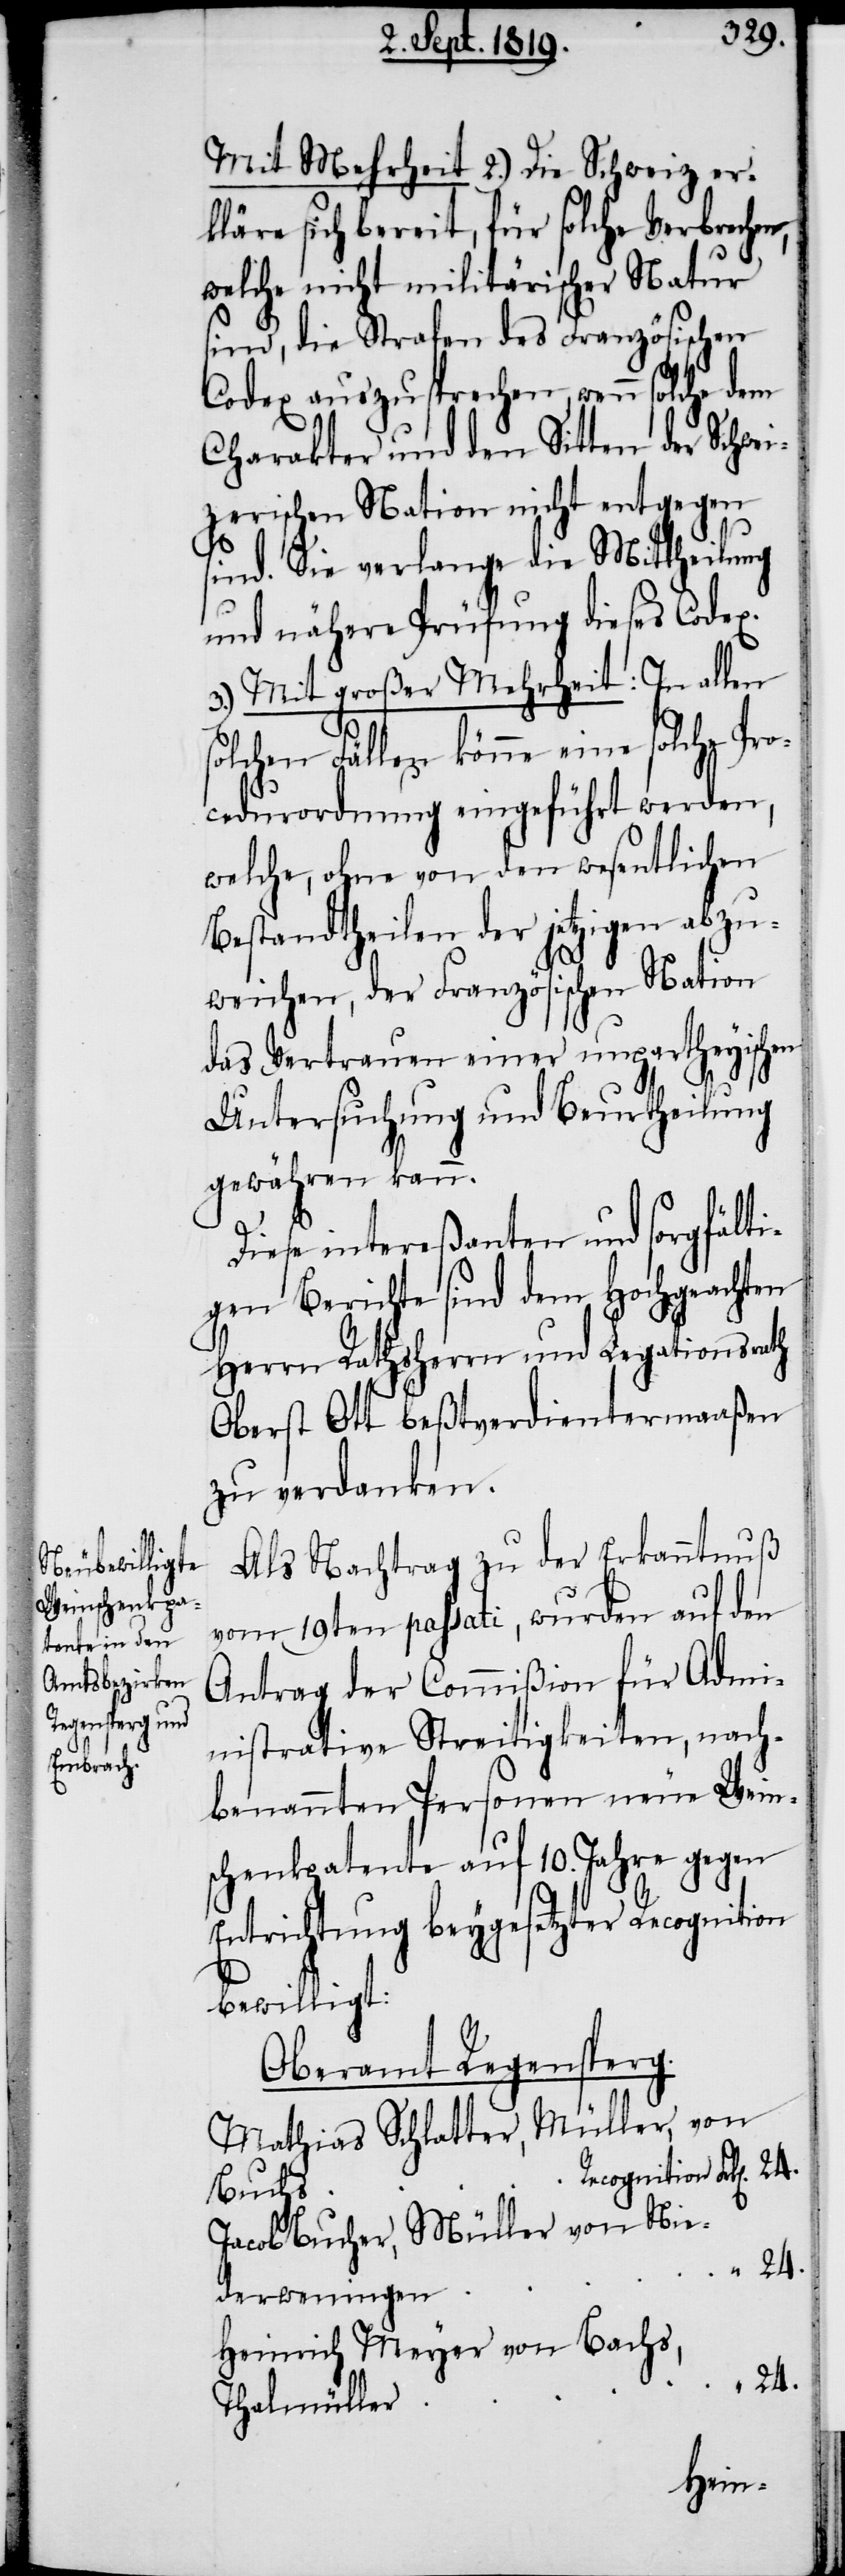
Mit Mehrheit 2.) Die Schweiz er¬
kläre sich bereit, für solche Verbrechen,
welche nicht militärischer Natur
sind, die Strafen des Französischen
Codex auszusprechen, wenn solche dem
Charakter und den Sitten der Schwe¬
izerischen Nation nicht entgegen
sind. Sie verlange die Mittheilung
und nähere Prüfung dieses Codex.
3.) Mit großer Mehrheit: In allen
solchen Fällen könne eine solche Pro¬
cedurordnung eingeführt werden,
welche, ohne von den wesentlichen
Bestandtheilen der jetzigen abzu¬
weichen, der Französischen Nation
das Vertrauen einer unpartheyischen
Untersuchung und Beurtheilung
gewähren kann.
Diese intereßanten und sorgfälti¬
gen Berichte sind dem Hochgeachten
Herrn Rathsherrn und Legationsrath
Oberst Ott beßtverdientermaaßen
zu verdanken.
Als Nachtrag zu der Erkanntnuß
vom 19ten passati, wurden auf den
Antrag der Commißion für Admi¬
nistrative Streitigkeiten, nach¬
benannten Personen neue Wein¬
schenkpatente auf 10. Jahre gegen
Entrichtung beygesetzter Recognition
bewilligt:
Oberamt Regensperg.
Mathias Schlatter, Müller, von
Recognition
Buchs
Jacob Bucher, Müller von Nie¬
24.
derweningen
Heinrich Meyer von Bachs,
Thalmüller